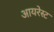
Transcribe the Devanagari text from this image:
आयरेस्ट